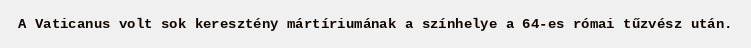
A Vaticanus volt sok keresztény mártíriumának a színhelye a 64-es római tűzvész után.